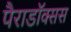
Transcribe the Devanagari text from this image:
पैराडॉक्सस